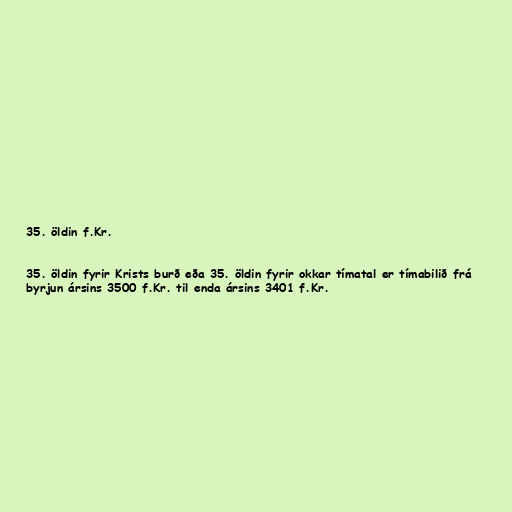
35. öldin f.Kr.

35. öldin fyrir Krists burð eða 35. öldin fyrir okkar tímatal er tímabilið frá
byrjun ársins 3500 f.Kr. til enda ársins 3401 f.Kr.